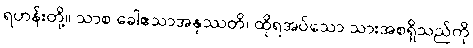
ရဟန်းတို့။ သာစ ခေါဧသာအနုဿတိ၊ ထိုရအပ်သော သားအစရှိသည်ကို